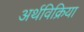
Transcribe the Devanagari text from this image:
अर्थविक्रिया